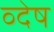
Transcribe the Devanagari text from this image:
व्देष